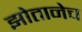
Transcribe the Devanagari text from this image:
झोतानेच